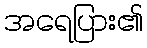
အရေပြား၏